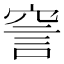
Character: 𧦱